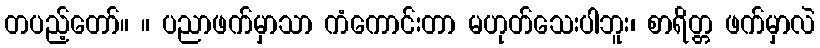
တပည့်တော်။ ။ ပညာဖက်မှာသာ ကံကောင်းတာ မဟုတ်သေးပါဘူး၊ စာရိတ္တ ဖက်မှာလဲ